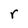
Character: r